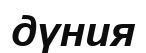
дүния